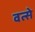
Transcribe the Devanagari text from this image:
वत्से